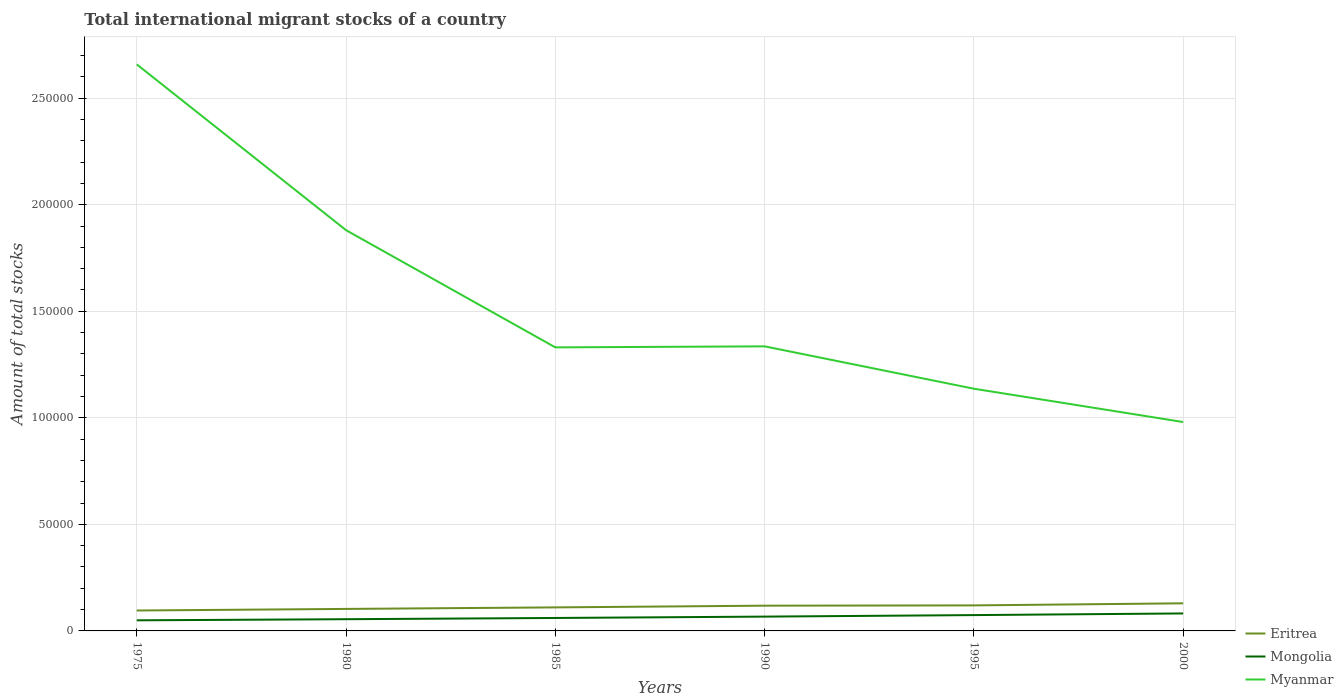
| Years | Eritrea | Mongolia | Myanmar |
 | --- | --- | --- | --- |
 | 1975 | 9.58e+03 | 4.98e+03 | 2.66e+05 |
 | 1980 | 1.03e+04 | 5.5e+03 | 1.88e+05 |
 | 1985 | 1.1e+04 | 6.08e+03 | 1.33e+05 |
 | 1990 | 1.18e+04 | 6.72e+03 | 1.34e+05 |
 | 1995 | 1.2e+04 | 7.42e+03 | 1.14e+05 |
 | 2000 | 1.3e+04 | 8.21e+03 | 9.8e+04 |